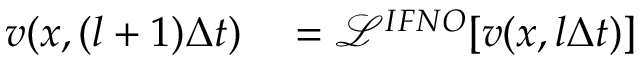
\begin{array} { r l } { { v } ( x , ( l + 1 ) \Delta t ) } & { { } = \mathcal { L } ^ { I F N O } [ { v } ( { x } , l \Delta t ) ] } \end{array}